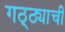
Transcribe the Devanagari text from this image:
गठ्ठ्याची